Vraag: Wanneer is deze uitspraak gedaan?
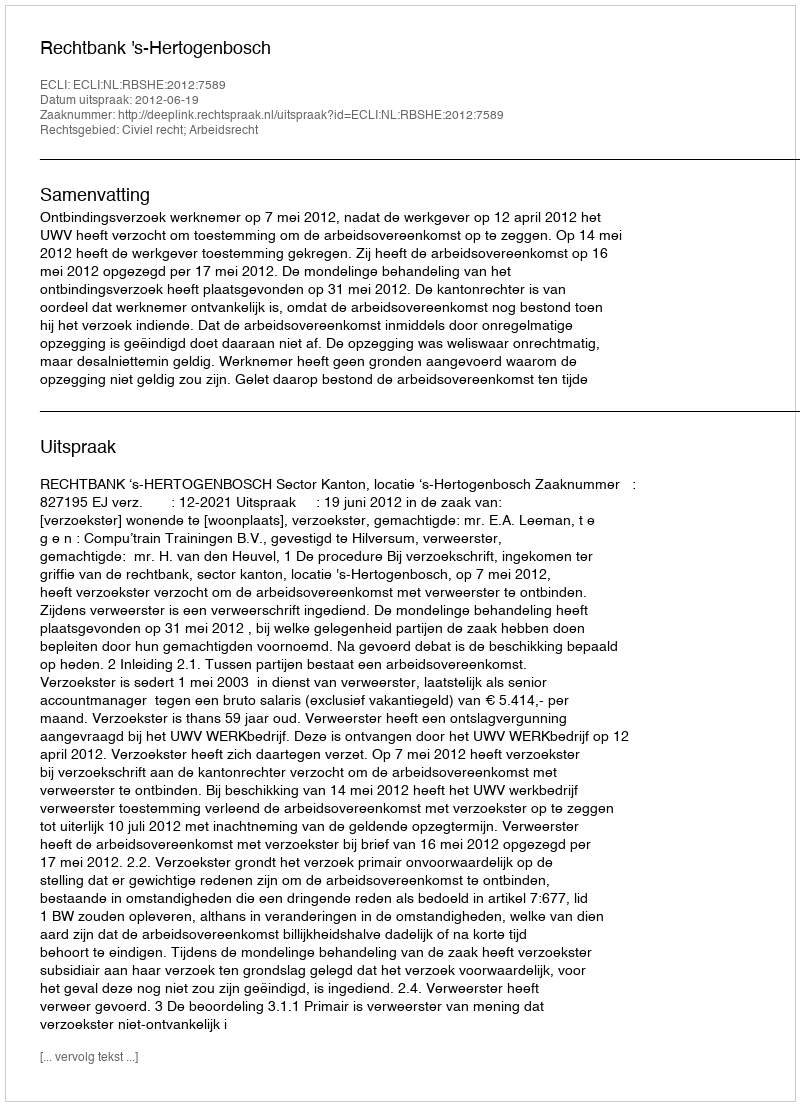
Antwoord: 2012-06-19